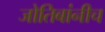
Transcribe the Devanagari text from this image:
जोतिबांनीच